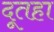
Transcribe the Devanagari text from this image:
दूतहा